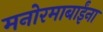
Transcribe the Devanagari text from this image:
मनोरमाबाईंना